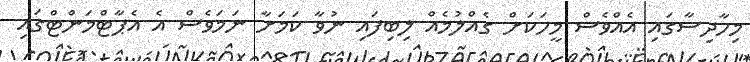
މިހާދިސާގައި އެއްވެސް މީހަކަށް ގެއްލުމެއް ލިބިފައި ނުވާ ކަމަށާ ނަމަވެސް އެ އެޕާޓްމަންޓްގައި